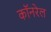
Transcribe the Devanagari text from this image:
कॉनरेल